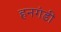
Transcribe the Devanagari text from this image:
हनगंडी